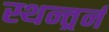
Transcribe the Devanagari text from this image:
स्थन्तर्र्न